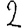
Digit: 2